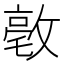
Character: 𪯒